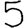
Digit: 5